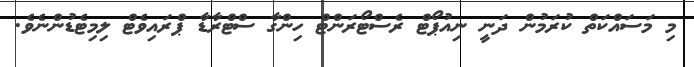
މި މަސައްކަތް ކުރަމުން ދަނީ ނިއުޕޯޓް ރެސްޓޯރަންޓް ހިންގާ ސްޓްރާޑާ ޕްރައިވެޓް ލިމިޓެޑުންނެވެ.